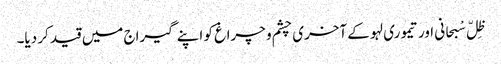
ظِلّ سْبحانی اور تیموری لہو کے آخری چشم و چراغ کو اپنے گیراج میں قید کر دیا۔